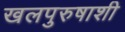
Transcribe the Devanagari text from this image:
खलपुरुषाशी